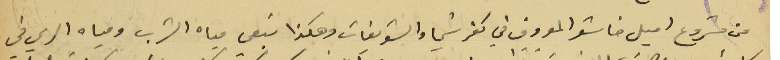
من مشروع اميل خاشو المعروف في كفرشيما والشويفات وهكذا تبقى مياه الشرب ومياه الري في